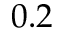
0 . 2